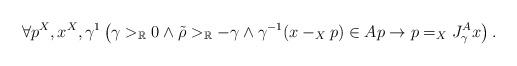
LaTeX: \begin{align*}\forall p^X,x^X,\gamma^1\left(\gamma>_\mathbb{R}0\land \tilde{\rho}>_\mathbb{R}-\gamma\land\gamma^{-1}(x-_Xp)\in Ap\rightarrow p=_X J^A_{\gamma} x\right).\end{align*}